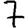
Digit: 7